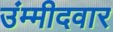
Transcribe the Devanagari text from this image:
उंम्मीदवार